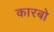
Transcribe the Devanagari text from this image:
कारबो